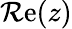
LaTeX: \operatorname{\mathcal{R}e}(z)